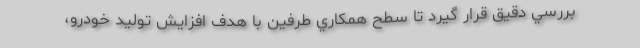
بررسي دقيق قرار گيرد تا سطح همكاري طرفين با هدف افزايش توليد خودرو،